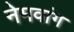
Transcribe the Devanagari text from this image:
नेमवांग